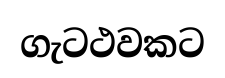
ගැටථවකට